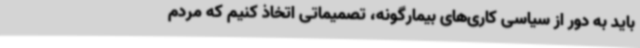
باید به دور از سیاسی کاری‌های بیمارگونه، تصمیماتی اتخاذ کنیم که مردم